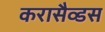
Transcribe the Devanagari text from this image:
करासैव्डस